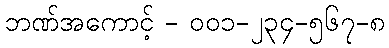
ဘဏ်အကောင့် - ၀၀၁-၂၃၄-၅၆၇-၈